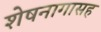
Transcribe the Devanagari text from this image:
शेषनागासह